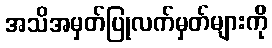
အသိအမှတ်ပြုလက်မှတ်များကို